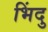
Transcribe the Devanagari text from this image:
भिंदु